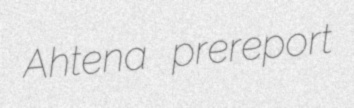
Ahtena prereport